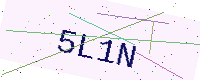
Text: 5L1N